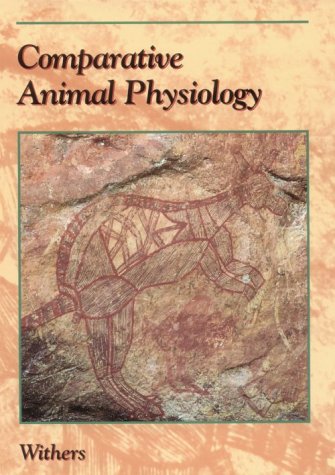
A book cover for Comparative Animal Physiology; Philip C. Withers; Medical Books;